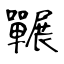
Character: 囅